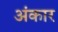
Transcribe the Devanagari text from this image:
अंकार